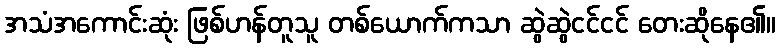
အသံအကောင်းဆုံး ဖြစ်ဟန်တူသူ တစ်ယောက်ကသာ ဆွဲဆွဲငင်ငင် တေးဆိုနေ၏။